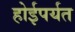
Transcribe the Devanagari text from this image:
होईपर्यत